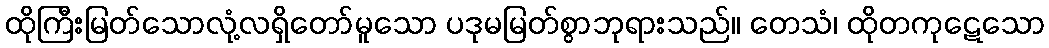
ထိုကြီးမြတ်သောလုံ့လရှိတော်မူသော ပဒုမမြတ်စွာဘုရားသည်။ တေသံ၊ ထိုတကုဋေသော